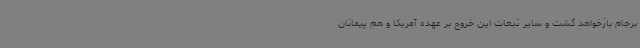
برجام بازخواهد گشت و سایر تبعات این خروج بر عهده آمریکا و هم پیمانان